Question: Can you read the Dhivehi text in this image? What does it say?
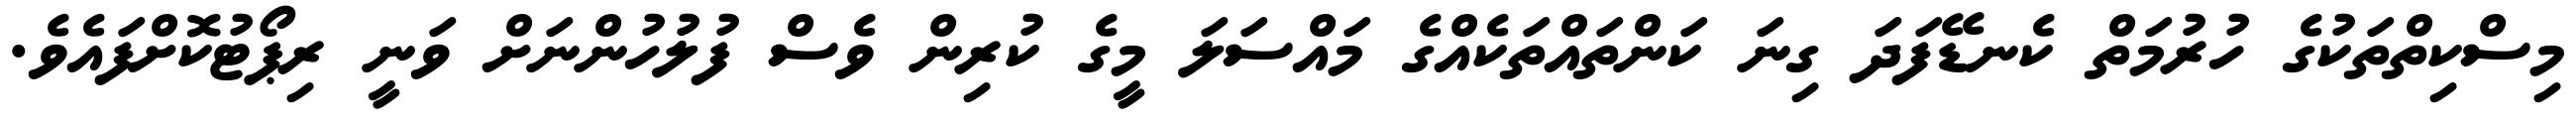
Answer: މިސްކިތްތަކުގެ ހުރުމަތް ކެނޑޭފަދަ ގިނަ ކަންތައްތަކެއްގެ މައްސަލަ މީގެ ކުރިން ވެސް ފުލުހުންނަށް ވަނީ ރިޕޯޓުކޮށްފައެވެ.